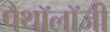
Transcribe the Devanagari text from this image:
पैथॉलॉजी